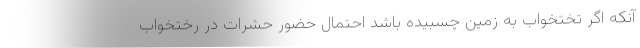
آنکه اگر تختخواب به زمین چسبیده باشد احتمال حضور حشرات در رختخواب